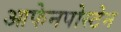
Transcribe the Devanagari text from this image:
आफेनपोस्टेन